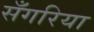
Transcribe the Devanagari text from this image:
सँगरिया